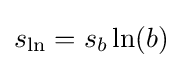
s_{\ln }=s_{b}\ln(b)